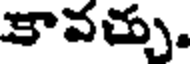
కావచ్చు.